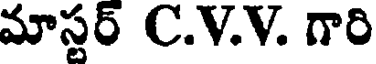
మాస్టర్ C.V.V. గారి